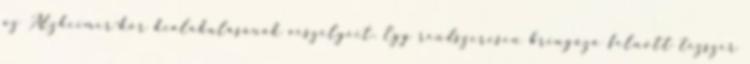
az Alzheimer-kór kialakulásának veszélyeit. Egy rendszeresen bringázó felnőtt tízszer